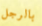
بالرجل